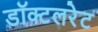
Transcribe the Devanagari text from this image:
डॉक्टलरेट